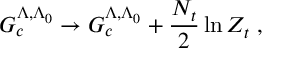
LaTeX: { \cal { G } } _ { c } ^ { \Lambda , \Lambda _ { 0 } } \rightarrow { \cal { G } } _ { c } ^ { \Lambda , \Lambda _ { 0 } } + \frac { N _ { t } } { 2 } \ln Z _ { t } \; ,